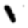
Digit: 1